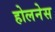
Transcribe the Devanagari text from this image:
होलनेस